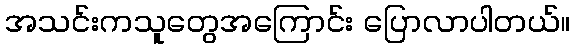
အသင်းကသူတွေအကြောင်း ပြောလာပါတယ်။